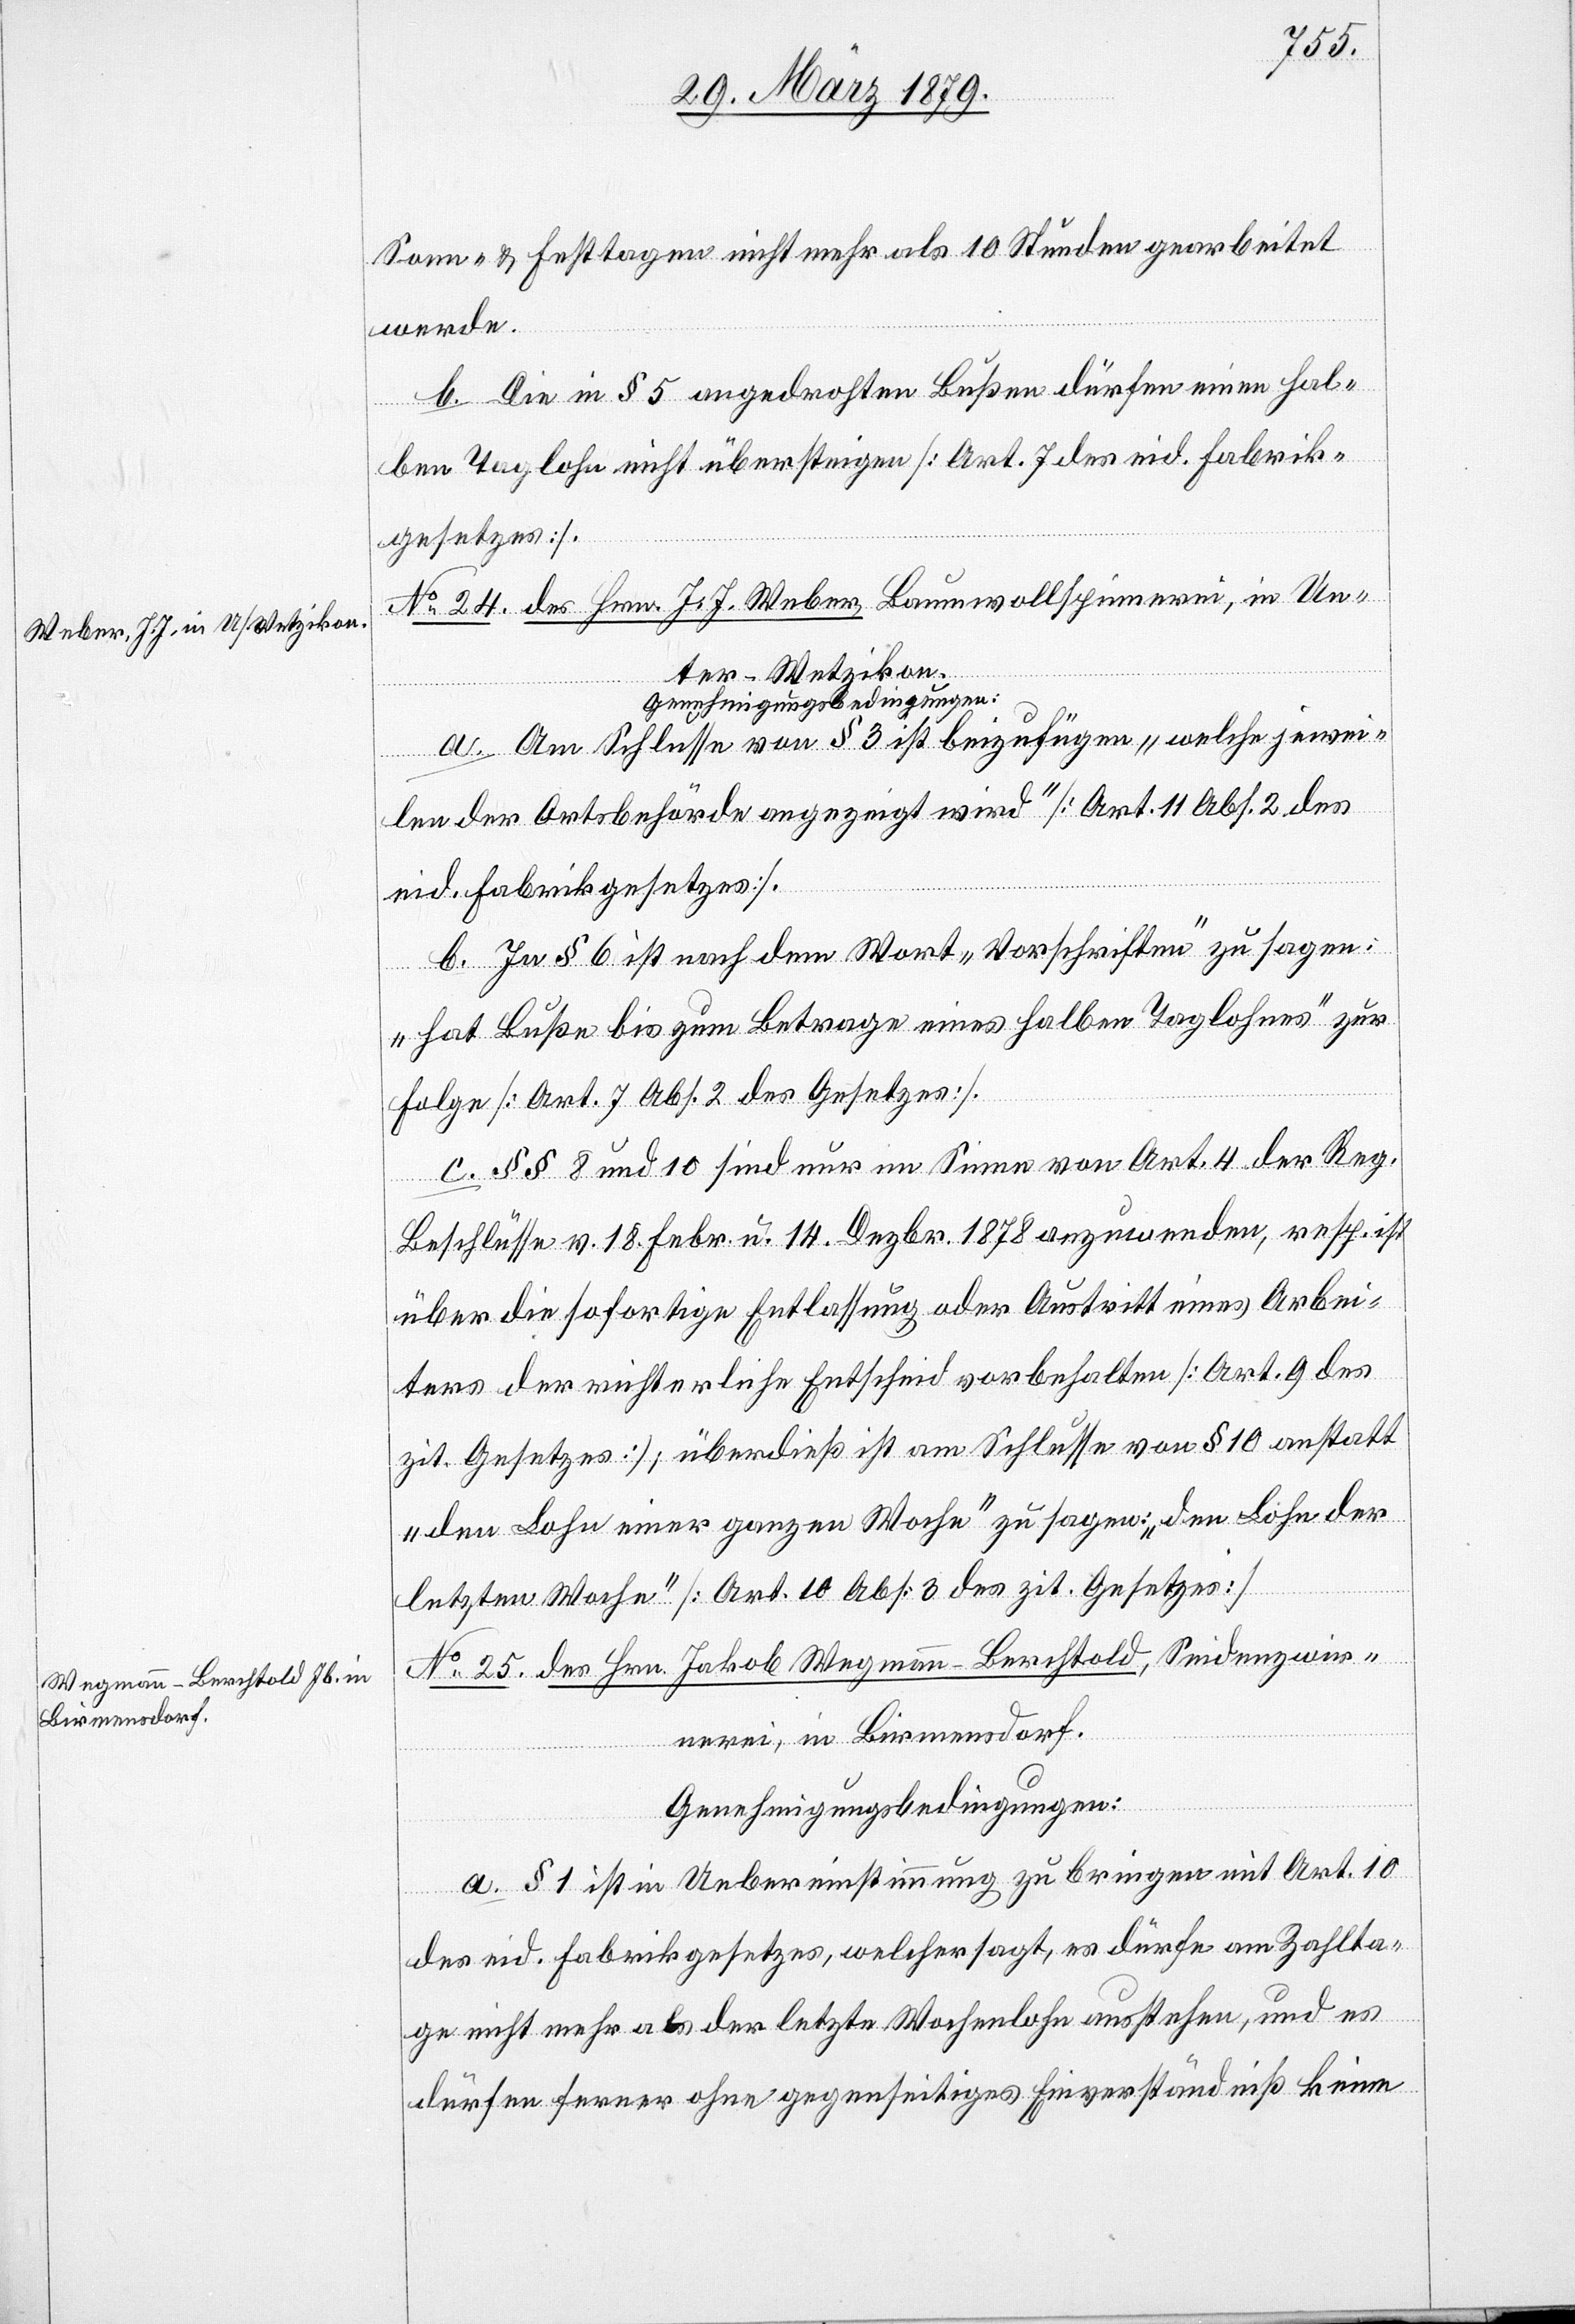
Sonn- & Festtagen nicht mehr als 10 Stunden gearbeitet
werde.
b. Die in § 5 angedrohten Bußen dürfen einen hal¬
ben Taglohn nicht übersteigen [Art. 7 des eid. Fabrik¬
gesetzes].
J. J. Weber, Baumwollspinnerei, in Un¬
No 24. des Hrn.
ter-Wetzikon.
Genehmigungsbedingungen:
a. Am Schlusse von § 3 ist beizufügen, „welche jewei¬
len der Ortsbehörde angezeigt wird“ [Art. 11 Abs. 2 des
eid. Fabrikgesetzes].
b. In § 6 ist nach dem Wort „Vorschriften“ zu sagen:
„hat Buße bis zum Betrage eines halben Taglohnes“ zur
Folge [Art. 7 Abs. 2 des Gesetzes].
c. §§ 8 und 10 sind nur im Sinne von Art. 4 der Reg.
Beschlüsse v. 18. Febr. u. 14. Dezbr. 1878 anzuwenden, resp. ist
über die sofortige Entlassung oder Austritt eines Arbei¬
ters der richterliche Entscheid vorbehalten [Art. 9 des
zit. Gesetzes]; überdieß ist am Schlusse von § 10 anstatt
„den Lohn einer ganzen Woche“ zu sagen: „den Lohn der
letzten Woche“ [Art. 10 Abs. 3 des zit. Gesetzes].
No 25. des Hrn. Jakob Wegmann-Berchtold, Seidenzwir¬
nerei, in Birmensdorf.
Genehmigungsbedingungen:
a. § 1 ist in Uebereinstimmung zu bringen mit Art. 10
des eid. Fabrikgesetzes, welcher sagt, es dürfe am Zahlta¬
ge nicht mehr als der letzte Wochenlohn ausstehen, und es
dürfen ferner ohne gegenseitiges Einverständniß keine